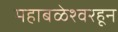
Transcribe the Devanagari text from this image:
महाबळेश्वरहून